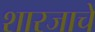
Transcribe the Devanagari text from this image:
शारजाचे